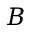
\boldsymbol { B }